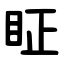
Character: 眐